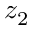
z _ { 2 }